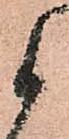
候